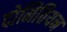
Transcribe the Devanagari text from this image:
दोमितियन